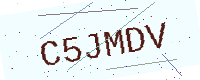
Text: C5JMDV